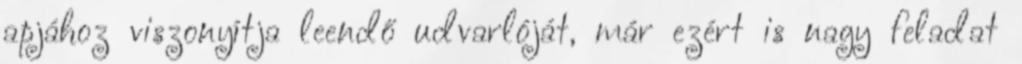
apjához viszonyítja leendő udvarlóját, már ezért is nagy feladat